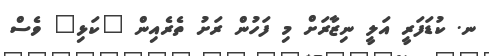
ނ. ކުޑަފަރީ އަލީ ނިޒާރަށް މި ފަހުން ރަށު ތެރެއިން "ކަޅި" ވެސް